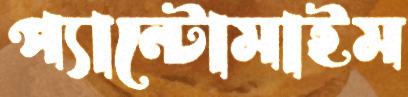
প্যান্টোমাইম